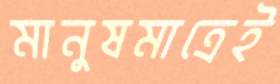
মানুষমাত্রেই